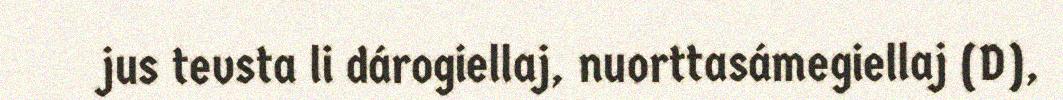
jus tevsta li dárogiellaj, nuorttasámegiellaj (D),